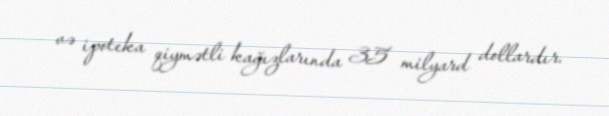
və ipoteka qiymətli kağızlarında 35 milyard dollardır.